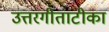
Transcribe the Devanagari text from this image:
उत्तरगीताटीका